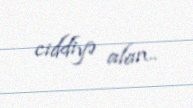
ciddiyə alan..